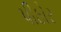
પીઠોર